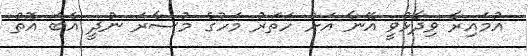
އުމައިރާ ވިދާޅުވީ އޭނާ އަށް ހަތަރު މަހުގެ މުސާރަ ނުދީ އެބަ އޮތް